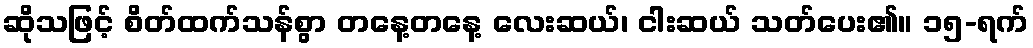
ဆိုသဖြင့် စိတ်ထက်သန်စွာ တနေ့တနေ့ လေးဆယ်၊ ငါးဆယ် သတ်ပေး၏။ ၁၅-ရက်